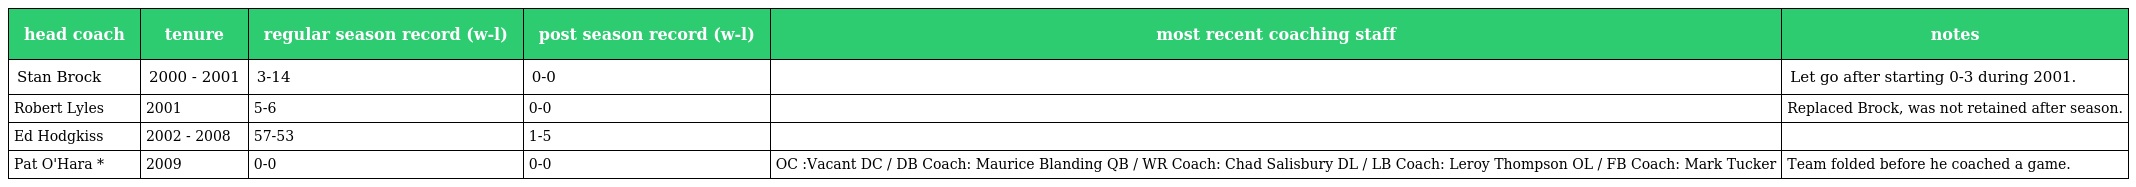
| head coach | tenure | regular season record (w-l) | post season record (w-l) | most recent coaching staff | notes |
 | --- | --- | --- | --- | --- | --- |
 | Stan Brock | 2000 - 2001 | 3-14 | 0-0 |  | Let go after starting 0-3 during 2001. |
 | Robert Lyles | 2001 | 5-6 | 0-0 |  | Replaced Brock, was not retained after season. |
 | Ed Hodgkiss | 2002 - 2008 | 57-53 | 1-5 |  |  |
 | Pat O'Hara * | 2009 | 0-0 | 0-0 | OC :Vacant DC / DB Coach: Maurice Blanding QB / WR Coach: Chad Salisbury DL / LB Coach: Leroy Thompson OL / FB Coach: Mark Tucker | Team folded before he coached a game. |